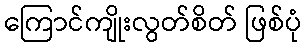
ကြောင်ကျိုးလွတ်စိတ် ဖြစ်ပုံ